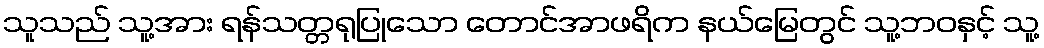
သူသည် သူ့အား ရန်သတ္တရုပြုသော တောင်အာဖရိက နယ်မြေတွင် သူ့ဘဝနှင့် သူ့